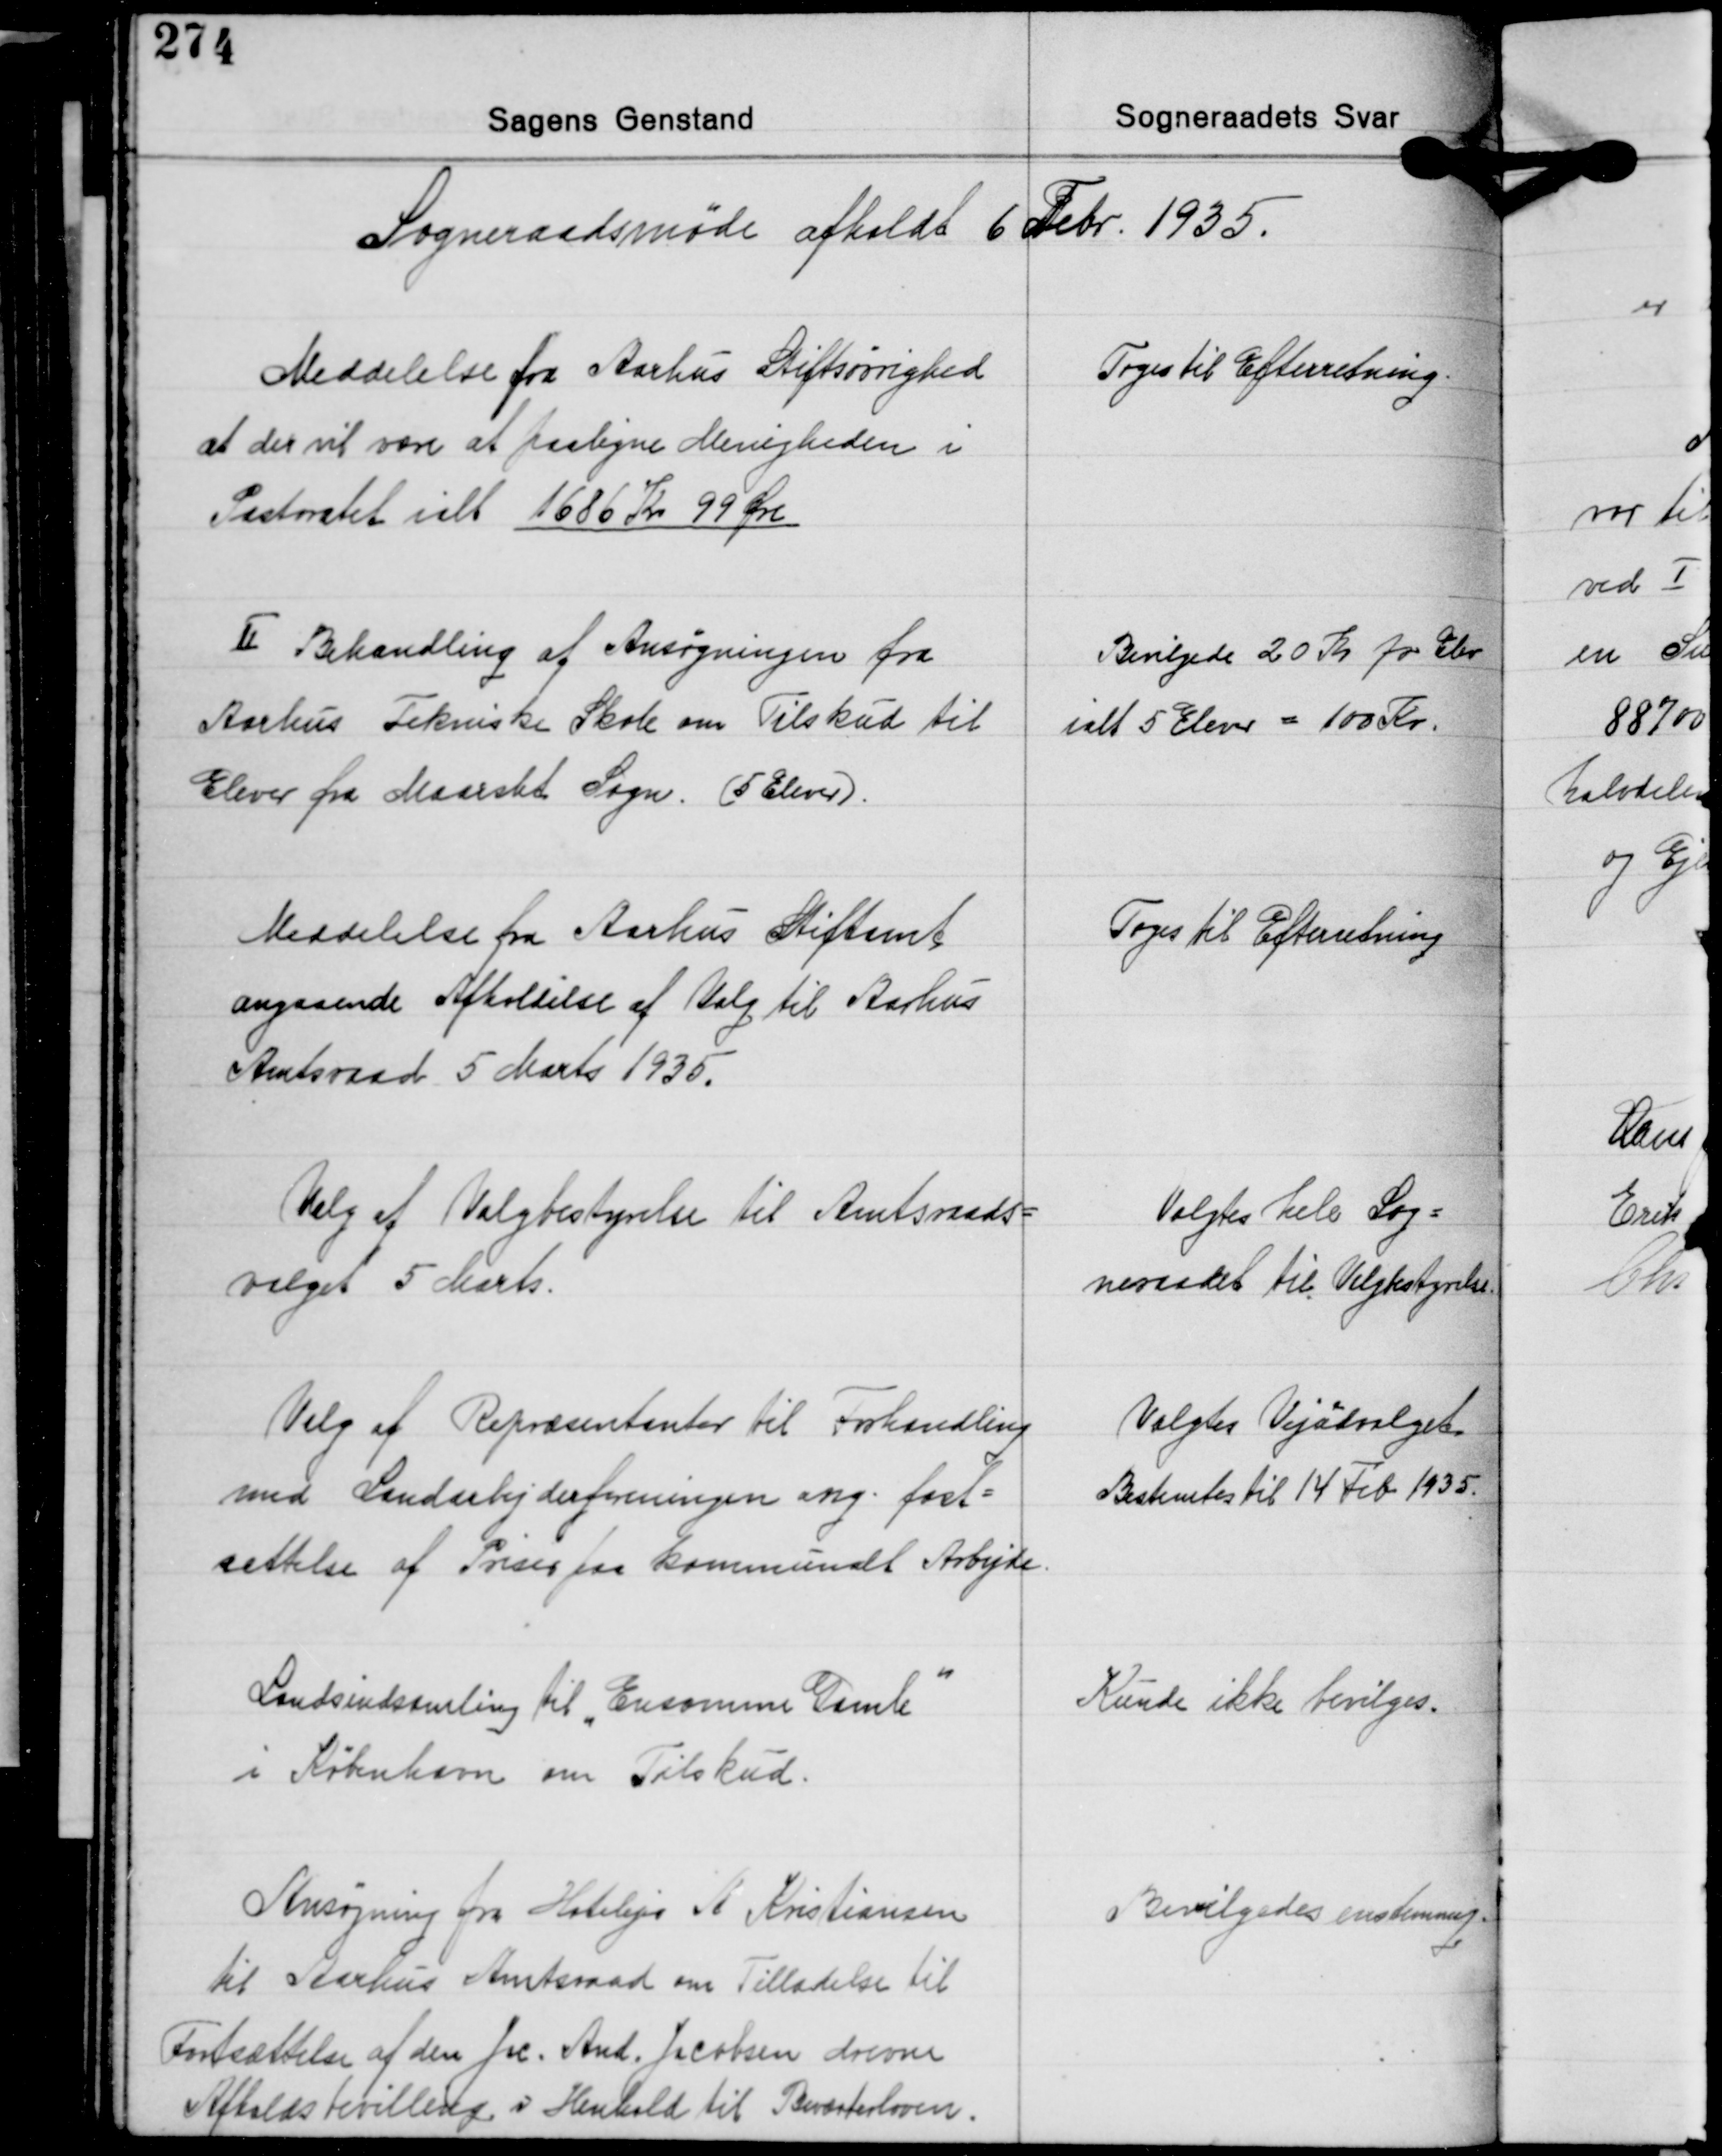
Transskription:
Sogneraadsmøde afholdt 6 Febr. 1935.

Toges til Efterretning.

Meddelelse fra Aarhus Stiftsøvrighed
at der vil være at paaligne Menigheden i
Pastoratet ialt 1686 Kr. 99 Øre

Ⅱ Behandling af Ansøgningen fra
Aarhus Tekniske Skole om Tilskud til
Elever fra Maarslet Sogn. (5 Elever)

Bevilgede 20 Kr. pr. Elev
ialt 5 Elever = 100 Kr.

Meddelelse fra Aarhus Stiftamt
angaaende Afholdelse af Valg til Aarhus
Amtsraad 5 Marts 1935.

Toges til Efterretning

Valg af Valgbestyrelse til Amtsraads-
valget 5 Marts.

Valgtes hele Sog-
neraadet til Valgbestyrelse

Valg af Repræsentanter til Forhandling
med Landarbejderforeningen ang. fast-
sættelse af Priser paa kommunalt Arbejde.

Valgtes Vejudvalget
Bestemtes til 14 Feb. 1935.

Landsindsamling til "Ensomme Gamle"
i København om Tilskud.

Kunde ikke bevilges.

Ansøgning fra Hotelejer A. Kristiansen
til Aarhus Amtsraad om Tilladelse til
Fortsættelse af den Jrc. And. Jacobsen drevne
Afholdsbevilling i Henhold til Beværterloven

Bevilgedes enstemmig.